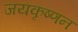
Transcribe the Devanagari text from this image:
जयकृष्णन